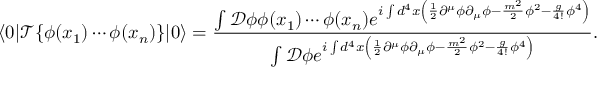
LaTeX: \langle 0 | { \mathcal { T } } \{ \phi ( x _ { 1 } ) \cdots \phi ( x _ { n } ) \} | 0 \rangle = { \frac { \int { \mathcal { D } } \phi \phi ( x _ { 1 } ) \cdots \phi ( x _ { n } ) e ^ { i \int d ^ { 4 } x \left( { \frac { 1 } { 2 } } \partial ^ { \mu } \phi \partial _ { \mu } \phi - { \frac { m ^ { 2 } } { 2 } } \phi ^ { 2 } - { \frac { g } { 4 ! } } \phi ^ { 4 } \right) } } { \int { \mathcal { D } } \phi e ^ { i \int d ^ { 4 } x \left( { \frac { 1 } { 2 } } \partial ^ { \mu } \phi \partial _ { \mu } \phi - { \frac { m ^ { 2 } } { 2 } } \phi ^ { 2 } - { \frac { g } { 4 ! } } \phi ^ { 4 } \right) } } } .